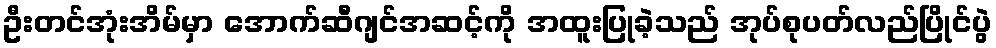
ဦးတင်အုံးအိမ်မှာ အောက်ဆီဂျင်အဆင့်ကို အထူးပြုခဲ့သည် အုပ်စုပတ်လည်ပြိုင်ပွဲ